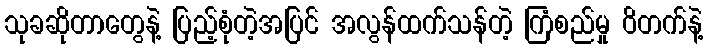
သုခဆိုတာတွေနဲ့ ပြည့်စုံတဲ့အပြင် အလွန်ထက်သန်တဲ့ ကြံစည်မှု ဝိတက်နဲ့